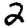
Digit: 2